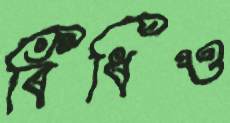
বিঁধিও